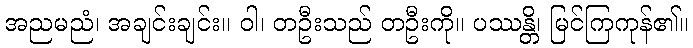
အညမညံ၊ အချင်းချင်း။ ဝါ၊ တဦးသည် တဦးကို။ ပဿန္တိ၊ မြင်ကြကုန်၏။